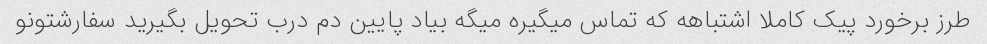
طرز برخورد پیک کاملا اشتباهه که تماس میگیره میگه بیاد پایین دم درب تحویل بگیرید سفارشتونو